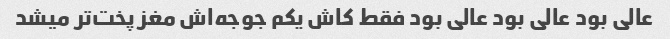
عالی بود عالی بود عالی بود فقط کاش یکم جوجه‌اش مغز پخت‌تر میشد